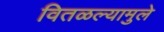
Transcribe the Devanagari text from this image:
वितळल्यामुले